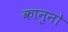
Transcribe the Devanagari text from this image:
कानुनो